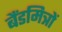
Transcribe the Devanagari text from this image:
बैंडमित्रों